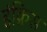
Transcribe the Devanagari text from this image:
इंक्रिस